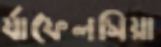
র‍্যাফেলসিয়া